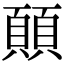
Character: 𩔊